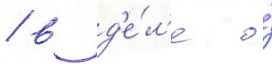
/ в д'е́л'е о́